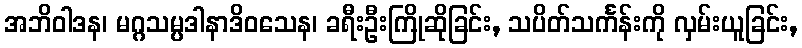
အဘိဝါဒန၊ မဂ္ဂသမ္ပဒါနာဒိဝသေန၊ ခရီးဦးကြိုဆိုခြင်း, သပိတ်သင်္ကန်းကို လှမ်းယူခြင်း,